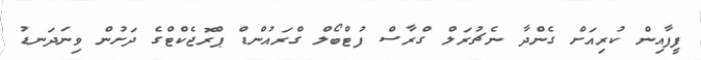
ފީފާއިން ކުރިއަށް ގެންދާ ނެޗުރަލް ގްރާސް ފުޓްބޯލް ގްރައުންޑް ޕްރޮޖެކްޓްގެ ދަށުން ވިނަދަނޑު